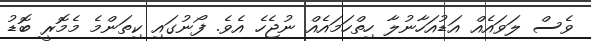
ވެސް ލަވައެއް އަޑުއަހާނުލާ ހިތްހަމައެއް ނުޖެހެ އެވެ. ފޯނުގައި ކިތަންމެ މެމޮރީ ބޮޑު